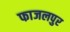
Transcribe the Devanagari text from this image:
फाजलपुर